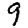
Digit: 9